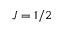
J = 1 / 2